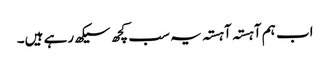
اب ہم آہستہ آہستہ یہ سب کچھ سیکھ رہے ہیں۔